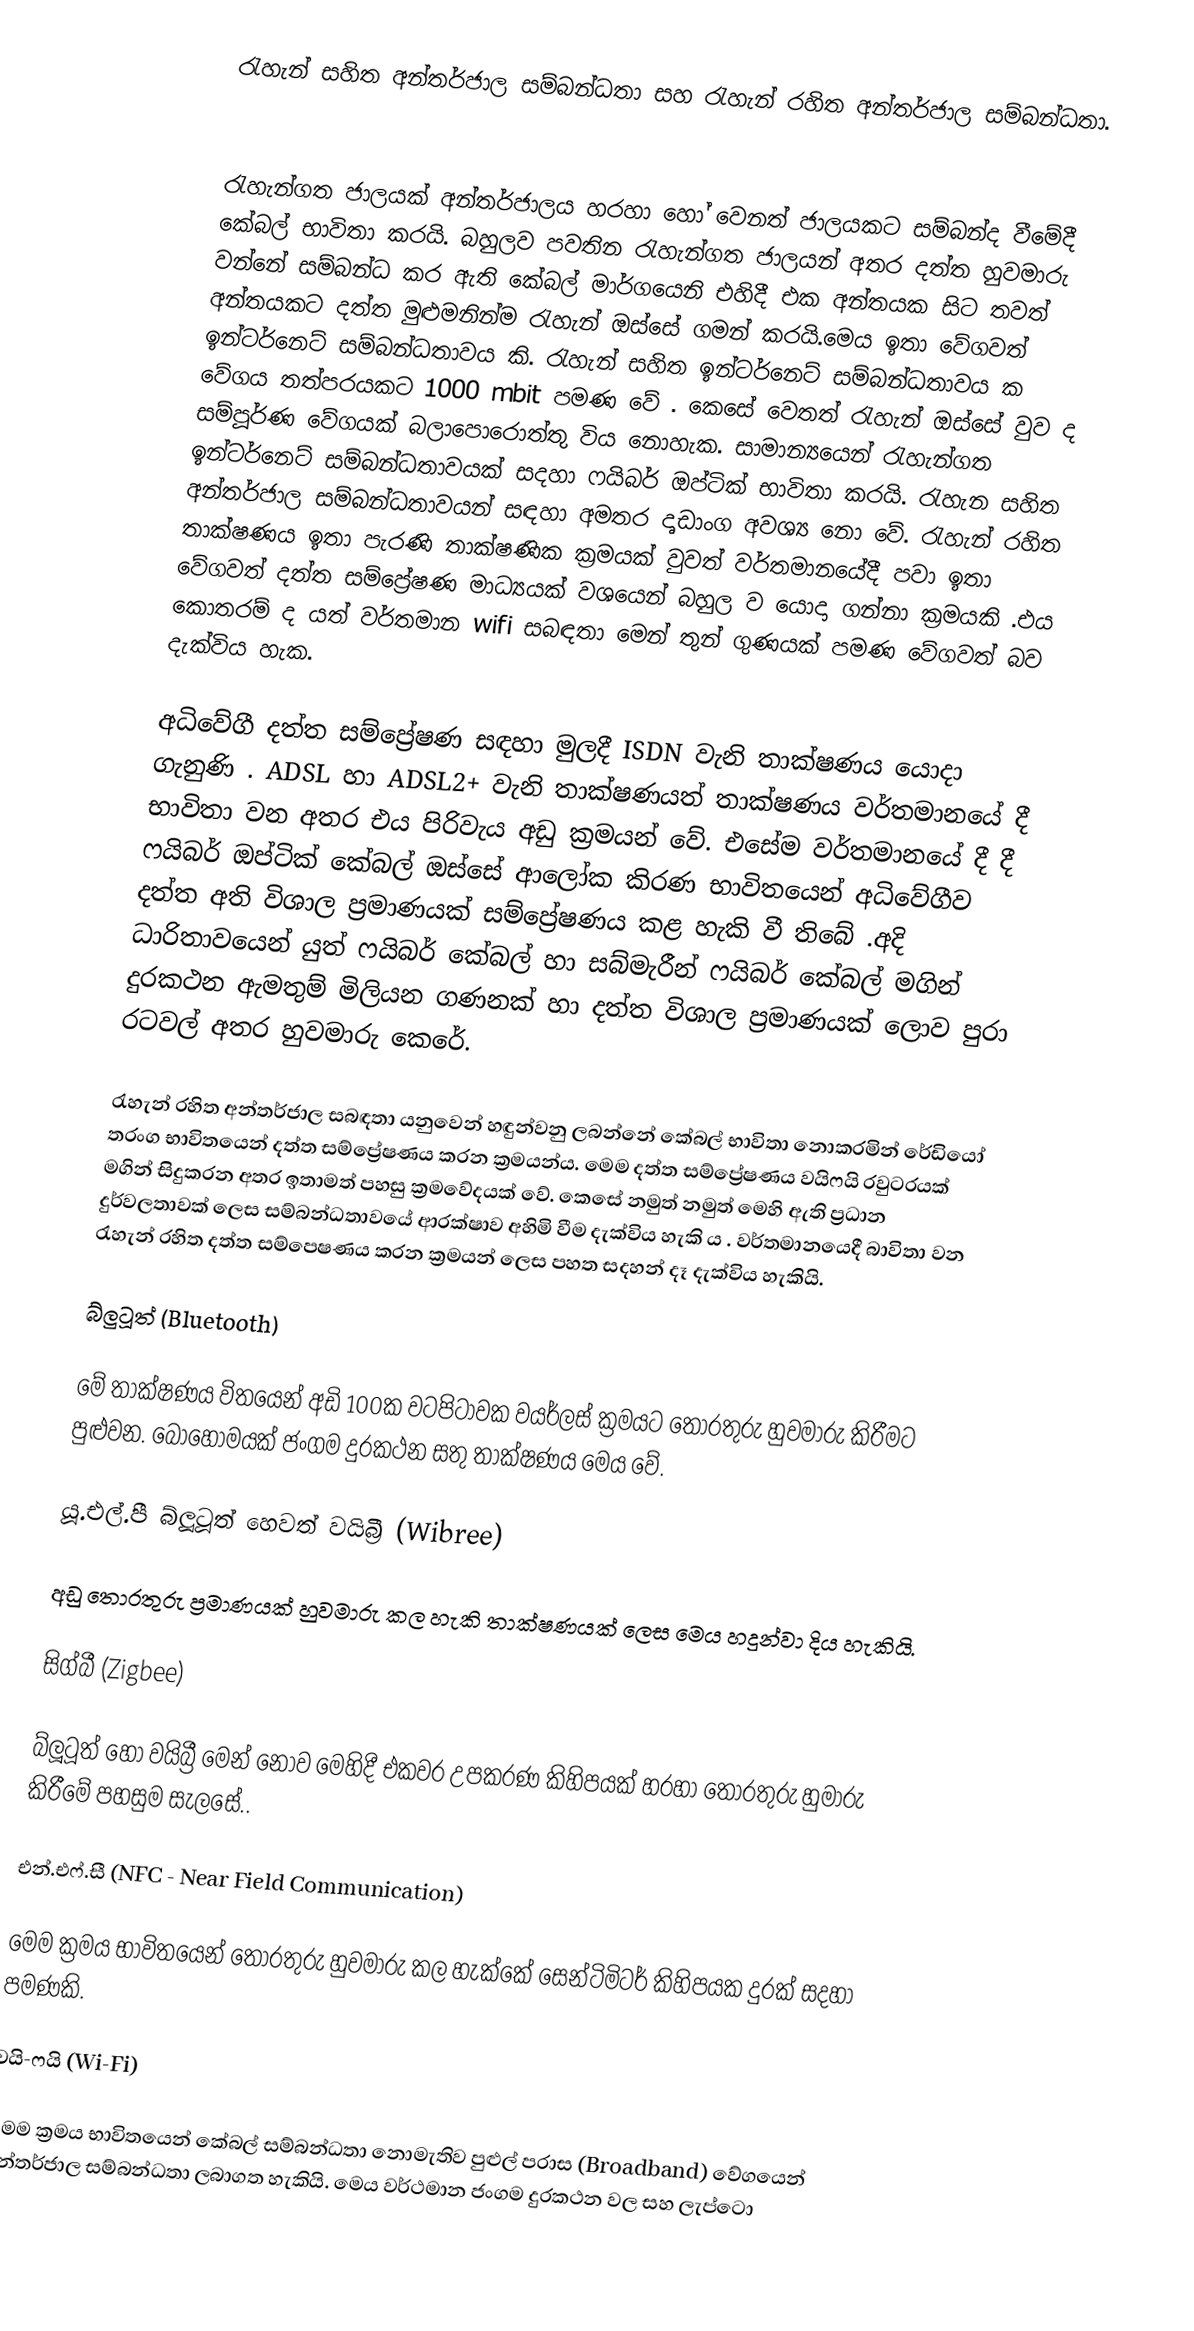
රැහැන් සහිත අන්තර්ජාල සම්බන්ධතා සහ රැහැන් රහිත අන්තර්ජාල සම්බන්ධතා.

 

රැහැන්ගත ජාලයක් අන්තර්ජාලය හරහා හෝ වෙනත් ජාලයකට සම්බන්ද වීමේදී කේබල් භාවිතා කරයි. බහුලව පවතින රැහැන්ගත ජාලයන් අතර දත්ත හුවමාරු වන්නේ සම්බන්ධ කර ඇති කේබල් මාර්ගයෙනි එහිදී එක අන්තයක සිට තවත් අන්තයකට දත්ත මුළුමනින්ම රැහැන් ඔස්සේ ගමන් කරයි.මෙය ඉතා වේගවත් ඉන්ටර්නෙට් සම්බන්ධතාවය කි. රැහැන් සහිත ඉන්ටර්නෙට් සම්බන්ධතාවය ක වේගය තත්පරයකට 1000 mbit පමණ වේ . කෙසේ වෙතත් රැහැන් ඔස්සේ වුව ද සම්පූර්ණ වේගයක් බලාපොරොත්තු විය නොහැක. සාමාන්‍යයෙන් රැහැන්ගත ඉන්ටර්නෙට් සම්බන්ධතාවයක් සදහා ෆයිබර් ඔප්ටික් භාවිතා කරයි. රැහැන සහිත අන්තර්ජාල සම්බන්ධතාවයන් සඳහා අමතර දෘඩාංග අවශ්‍ය නො වේ. රැහැන් රහිත තාක්ෂණය ඉතා පැරණි තාක්ෂණික ක්‍රමයක් වුවත් වර්තමානයේදී පවා ඉතා වේගවත් දත්ත සම්ප්‍රේෂණ මාධ්‍යයක් වශයෙන් බහුල ව යොදා ගන්නා ක්‍රමයකි .එය කොතරම් ද යත් වර්තමාන wifi සබඳතා මෙන් තුන් ගුණයක් පමණ වේගවත් බව දැක්විය හැක.  

අධිවේගී දත්ත සම්ප්‍රේෂණ සඳහා මුලදී ISDN වැනි තාක්ෂණය යොදා ගැනුණි . ADSL හා ADSL2+ වැනි  තාක්ෂණයත් තාක්ෂණය වර්තමානයේ දී භාවිතා වන අතර එය පිරිවැය අඩු ක්‍රමයන් වේ. එසේම වර්තමානයේ දී දී ෆයිබර් ඔප්ටික් කේබල් ඔස්සේ ආලෝක කිරණ භාවිතයෙන් අධිවේගීව දත්ත අති විශාල ප්‍රමාණයක් සම්ප්‍රේෂණය කළ හැකි වී තිබේ .අදි ධාරිතාවයෙන් යුත් ෆයිබර් කේබල් හා සබ්මැරීන් ෆයිබර් කේබල් මගින් දුරකථන ඇමතුම් මිලියන ගණනක් හා දත්ත විශාල ප්‍රමාණයක් ලොව පුරා රටවල් අතර හුවමාරු කෙරේ. 

රැහැන් රහිත අන්තර්ජාල සබඳතා යනුවෙන් හඳුන්වනු ලබන්නේ කේබල් භාවිතා නොකරමින් රේඩියෝ තරංග භාවිතයෙන් දත්ත සම්ප්‍රේෂණය කරන ක්‍රමයන්ය. මෙම දත්ත සම්ප්‍රේෂණය වයිෆයි රවුටරයක් මගින් සිදුකරන අතර ඉතාමත් පහසු ක්‍රමවේදයක් වේ. කෙසේ නමුත් නමුත් මෙහි ඇති ප්‍රධාන දුර්වලතාවක් ලෙස සම්බන්ධතාවයේ ආරක්ෂාව අහිමි වීම දැක්විය හැකි ය . වර්තමානයෙදී  බාවිතා වන රැහැන් රහිත දත්ත සම්පෙෂණය කරන ක්‍රමයන් ලෙස පහත සදහන් දෑ දැක්විය හැකියි. 

බ්ලුටූත් (Bluetooth)

මේ තාක්ෂණය විතයෙන් අඩි 100ක වටපිටාවක වයර්ලස් ක්‍රමයට තොරතුරු හුවමාරු කිරීමට පුළුවන. බොහොමයක් ජංගම දුරකථන සතු තාක්ෂණය මෙය වේ. 

යූ.එල්.පී බ්ලූටූත් හෙවත් වයිබ්‍රී (Wibree)

අඩු තොරතුරු ප්‍රමාණයක් හුවමාරු කල හැකි තාක්ෂණයක් ලෙස මෙය හදුන්වා දිය හැකියි.  

සිග්බී (Zigbee) 

බ්ලූටූත් හෝ වයිබ්‍රී මෙන් නොව මෙහිදී එකවර උපකරණ කිහිපයක් හරහා තොරතුරු හුමාරු කිරීමේ පහසුම සැලසේ.. 

එන්.එෆ්.සී (NFC - Near Field Communication) 

මෙම ක්‍රමය භාවිතයෙන් තොරතුරු හුවමාරු කල හැක්කේ සෙන්ටිමිටර් කිහිපයක දුරක් සදහා පමණකි.  

වයි-ෆයි (Wi-Fi)

මෙම ක්‍රමය භාවිතයෙන් කේබල් සම්බන්ධතා නොමැතිව පුළුල් පරාස (Broadband) වේගයෙන් අන්තර්ජාල සම්බන්ධතා ලබාගත හැකියි. මෙය වර්ථමාන ජංගම දුරකථන වල සහ ලැප්ටො